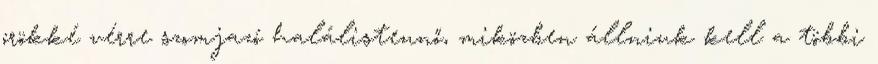
örökké vérre szomjazó halálistennő, miközben állniuk kell a többi